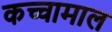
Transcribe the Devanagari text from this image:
कच्चामाल